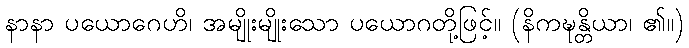
နာနာ ပယောဂေဟိ၊ အမျိုးမျိုးသော ပယောဂတို့ဖြင့်။ (နိကဍ္ဎန္တိယာ၊ ၏။)